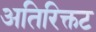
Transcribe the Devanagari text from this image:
अतिरिक्तट